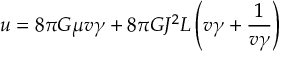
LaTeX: u = 8 \pi G \mu v \gamma + 8 \pi G J ^ { 2 } L \left( v \gamma + \frac { 1 } { v \gamma } \right)